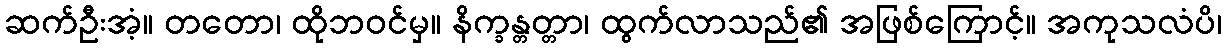
ဆက်ဦးအံ့။ တတော၊ ထိုဘဝင်မှ။ နိက္ခန္တတ္တာ၊ ထွက်လာသည်၏ အဖြစ်ကြောင့်။ အကုသလံပိ၊